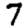
Digit: 7